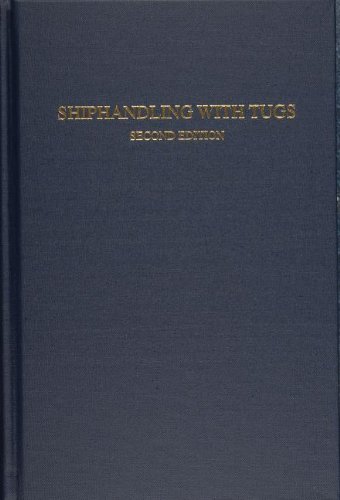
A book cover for Shiphandling With Tugs; Jeff Slesinger; Engineering & Transportation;